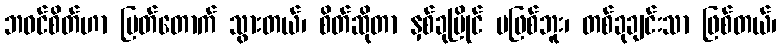
ဘဝင်စိတ်ဟာ ပြတ်တောက် သွားတယ်၊ စိတ်ဆိုတာ နှစ်ခုပြိုင် မဖြစ်ဘူး၊ တစ်ခုချင်းသာ ဖြစ်တယ်၊